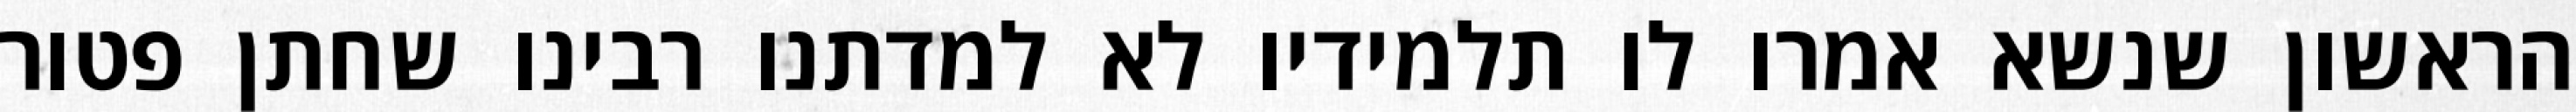
הראשון שנשא אמרו לו תלמידיו לא למדתנו רבינו שחתן פטור